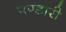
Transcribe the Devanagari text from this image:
पण्डारी